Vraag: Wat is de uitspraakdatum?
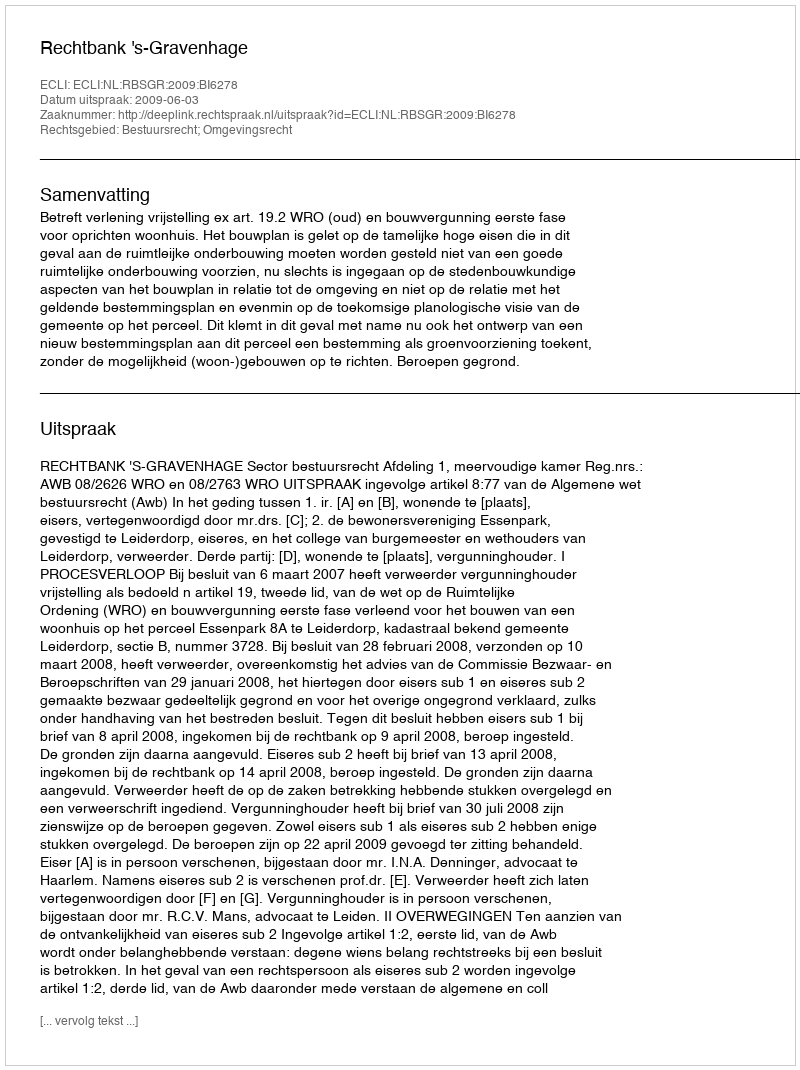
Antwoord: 2009-06-03